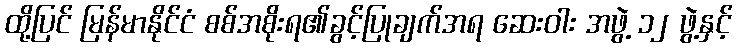
ထို့ပြင် မြန်မာနိုင်ငံ စစ်အစိုးရ၏ခွင့်ပြုချက်အရ ဆေးဝါး အဖွဲ့ ၁၂ ဖွဲ့နှင့်